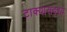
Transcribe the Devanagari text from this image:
टाक्यासदृश्य